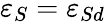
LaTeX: \varepsilon_{S}=\varepsilon_{Sd}